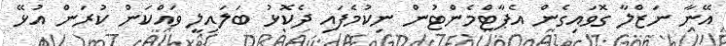
އޭނާ ނަޒްލާ ގޮވައިގެން އެޕާޓްމެންޓުން ނިކުމެފައި ދެކޮޅު ބަލައިލީ ވައްކަން ކުރަން އުޅޭ